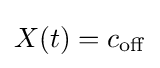
X(t)=c_{\mathrm {off} }